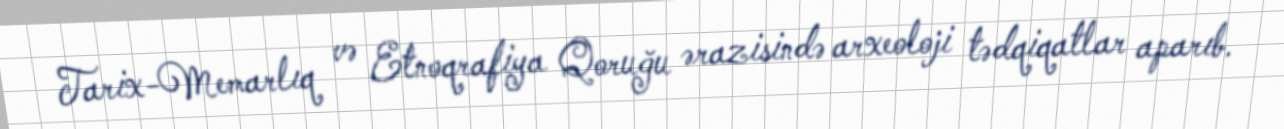
Tarix-Memarlıq və Etnoqrafiya Qoruğu ərazisində arxeoloji tədqiqatlar aparıb.